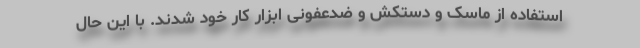
استفاده از ماسک و دستکش و ضدعفونی ابزار کار خود شدند. با این حال